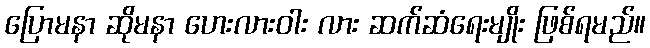
ပြောမနာ ဆိုမနာ ဟေးလားဝါး လား ဆက်ဆံရေးမျိုး ဖြစ်ရမည်။